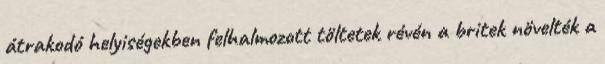
átrakodó helyiségekben felhalmozott töltetek révén a britek növelték a